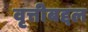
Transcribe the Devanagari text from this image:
वृत्तीबद्दल